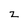
Character: Z